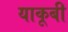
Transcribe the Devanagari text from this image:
याकूबी